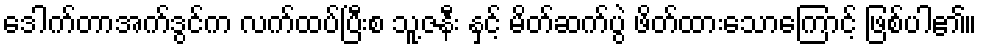
ဒေါက်တာအက်ဒွင်က လက်ထပ်ပြီးစ သူ့ဇနီး နှင့် မိတ်ဆက်ပွဲ ဖိတ်ထားသောကြောင့် ဖြစ်ပါ၏။